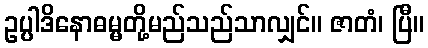
ဥပ္ပါဒိနောဓမ္မတို့မည်သည်သာလျှင်။ ဇာတံ၊ ပြီ။